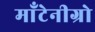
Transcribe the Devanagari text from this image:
माँटेनीग्रो